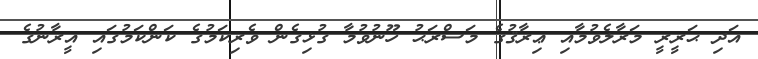
އަދި ޙަރީރީ މަރާލެވުމާއި ޢިރާޤުގެ މަސްރަޙު ހޫނުވުމާ ގުޅިގެން ވެރިކަމުގެ ކަންކަމުގައި އީރާނުގެ